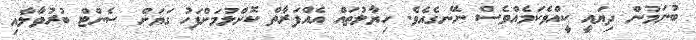
ބުނަމުން ދިޔައީ ކީއްވެކަމެއްވެސް ނޭނގެއެވެ. ހިޔާލުތައް އެއްފަރާތް ކޮށްލުމަށްފަހު ގަޔަށް ސެންޓް ބުރުވާލާއި